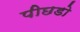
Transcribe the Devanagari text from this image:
पीछडो